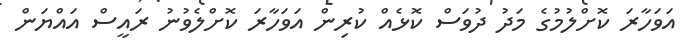
އަވަހާރަ ކޮށްލުމުގެ މަދު ދުވަސް ކޮޅެއް ކުރިން އަވަހާރަ ކޮށްލެވުނު ރައީސް އައްޔަން